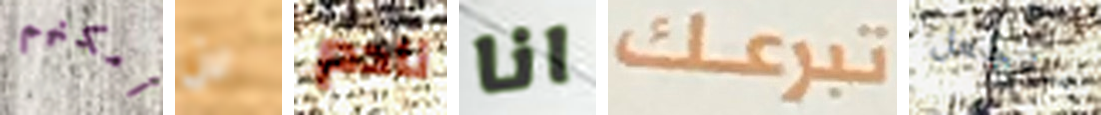
أمكنهم لن نادم انا تبرعك سنجعل